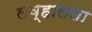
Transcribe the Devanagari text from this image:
लव्हालला